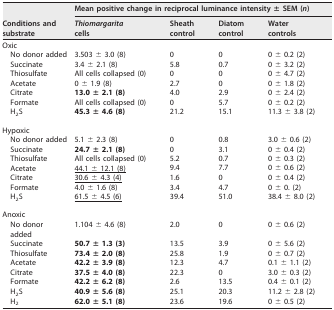
<table><thead><tr><td rowspan="2"><b>Conditions and substrate</b></td><td colspan="4"><b>Mean positive change in reciprocal luminance intensity ± SEM (<i>n</i>)</b></td></tr><tr><td><b><i>Thiomargarita</i> cells</b></td><td><b>Sheath control</b></td><td><b>Diatom control</b></td><td><b>Water controls</b></td></tr></thead><tbody><tr><td>Oxic</td><td></td><td></td><td></td><td></td></tr><tr><td>No donor added</td><td>3.503 ± 3.0 (8)</td><td>0</td><td>0</td><td>0 ± 0.2 (2)</td></tr><tr><td>Succinate</td><td>3.4 ± 2.1 (8)</td><td>5.8</td><td>0.7</td><td>0 ± 3.2 (2)</td></tr><tr><td>Thiosulfate</td><td>All cells collapsed (0)</td><td>0</td><td>0</td><td>0 ± 4.7 (2)</td></tr><tr><td>Acetate</td><td>0 ± 1.9 (8)</td><td>2.7</td><td>0</td><td>0 ± 1.8 (2)</td></tr><tr><td>Citrate</td><td><b>13.0 ± 2.1 (8)</b></td><td>4.0</td><td>2.9</td><td>0 ± 2.4 (2)</td></tr><tr><td>Formate</td><td>All cells collapsed (0)</td><td>0</td><td>5.7</td><td>0 ± 0.2 (2)</td></tr><tr><td>H<sub>2</sub>S</td><td><b>45.3 ± 4.6 (8)</b></td><td>21.2</td><td>15.1</td><td>11.3 ± 3.8 (2)</td></tr><tr><td>Hypoxic</td><td></td><td></td><td></td><td></td></tr><tr><td>No donor added</td><td>5.1 ± 2.3 (8)</td><td>0</td><td>0.8</td><td>3.0 ± 0.6 (2)</td></tr><tr><td>Succinate</td><td><b>24.7 ± 2.1 (8)</b></td><td>0</td><td>3.1</td><td>0 ± 0.4 (2)</td></tr><tr><td>Thiosulfate</td><td>All cells collapsed (0)</td><td>5.2</td><td>0.7</td><td>0 ± 0.3 (2)</td></tr><tr><td>Acetate</td><td><underline>44.1 ± 12.1 (8)</underline></td><td>9.4</td><td>7.7</td><td>0 ± 0.6 (2)</td></tr><tr><td>Citrate</td><td><underline>30.6 ± 4.3 (4)</underline></td><td>1.6</td><td>0</td><td>0 ± 0.4 (2)</td></tr><tr><td>Formate</td><td>4.0 ± 1.6 (8)</td><td>3.4</td><td>4.7</td><td>0 ± 0. (2)</td></tr><tr><td>H<sub>2</sub>S</td><td><underline>61.5 ± 4.5 (6)</underline></td><td>39.4</td><td>51.0</td><td>38.4 ± 8.0 (2)</td></tr><tr><td>Anoxic</td><td></td><td></td><td></td><td></td></tr><tr><td>No donor added</td><td>1.104 ± 4.6 (8)</td><td>2.0</td><td>0</td><td>0 ± 0.6 (2)</td></tr><tr><td>Succinate</td><td><b>50.7 ± 1.3 (3)</b></td><td>13.5</td><td>3.9</td><td>0 ± 5.6 (2)</td></tr><tr><td>Thiosulfate</td><td><b>73.4 ± 2.0 (8)</b></td><td>25.8</td><td>1.9</td><td>0 ± 0.7 (2)</td></tr><tr><td>Acetate</td><td><b>42.2 ± 3.9 (8)</b></td><td>12.3</td><td>4.7</td><td>0.1 ± 1.1 (2)</td></tr><tr><td>Citrate</td><td><b>37.5 ± 4.0 (8)</b></td><td>22.3</td><td>0</td><td>3.0 ± 0.3 (2)</td></tr><tr><td>Formate</td><td><b>42.2 ± 6.2 (8)</b></td><td>2.6</td><td>13.5</td><td>0.4 ± 0.1 (2)</td></tr><tr><td>H<sub>2</sub>S</td><td><b>40.9 ± 5.6 (8)</b></td><td>25.1</td><td>20.3</td><td>11.2 ± 2.8 (2)</td></tr><tr><td>H<sub>2</sub></td><td><b>62.0 ± 5.1 (8)</b></td><td>23.6</td><td>19.6</td><td>0 ± 0.5 (2)</td></tr></tbody></table>